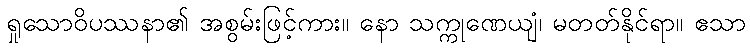
ရှုသောဝိပဿနာ၏ အစွမ်းဖြင့်ကား။ နော သက္ကုဏေယျံ၊ မတတ်နိုင်ရာ။ ဧသာ